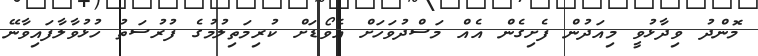
މޮންދު ވިދާޅުވީ މިއަދުން ފެށިގެން އެއް މަސްދުވަހަށް އެވޯޑަށް ކުރިމަތިލުމުގެ ފުރުސަތު ހުޅުވާލާފައިވާނޭ